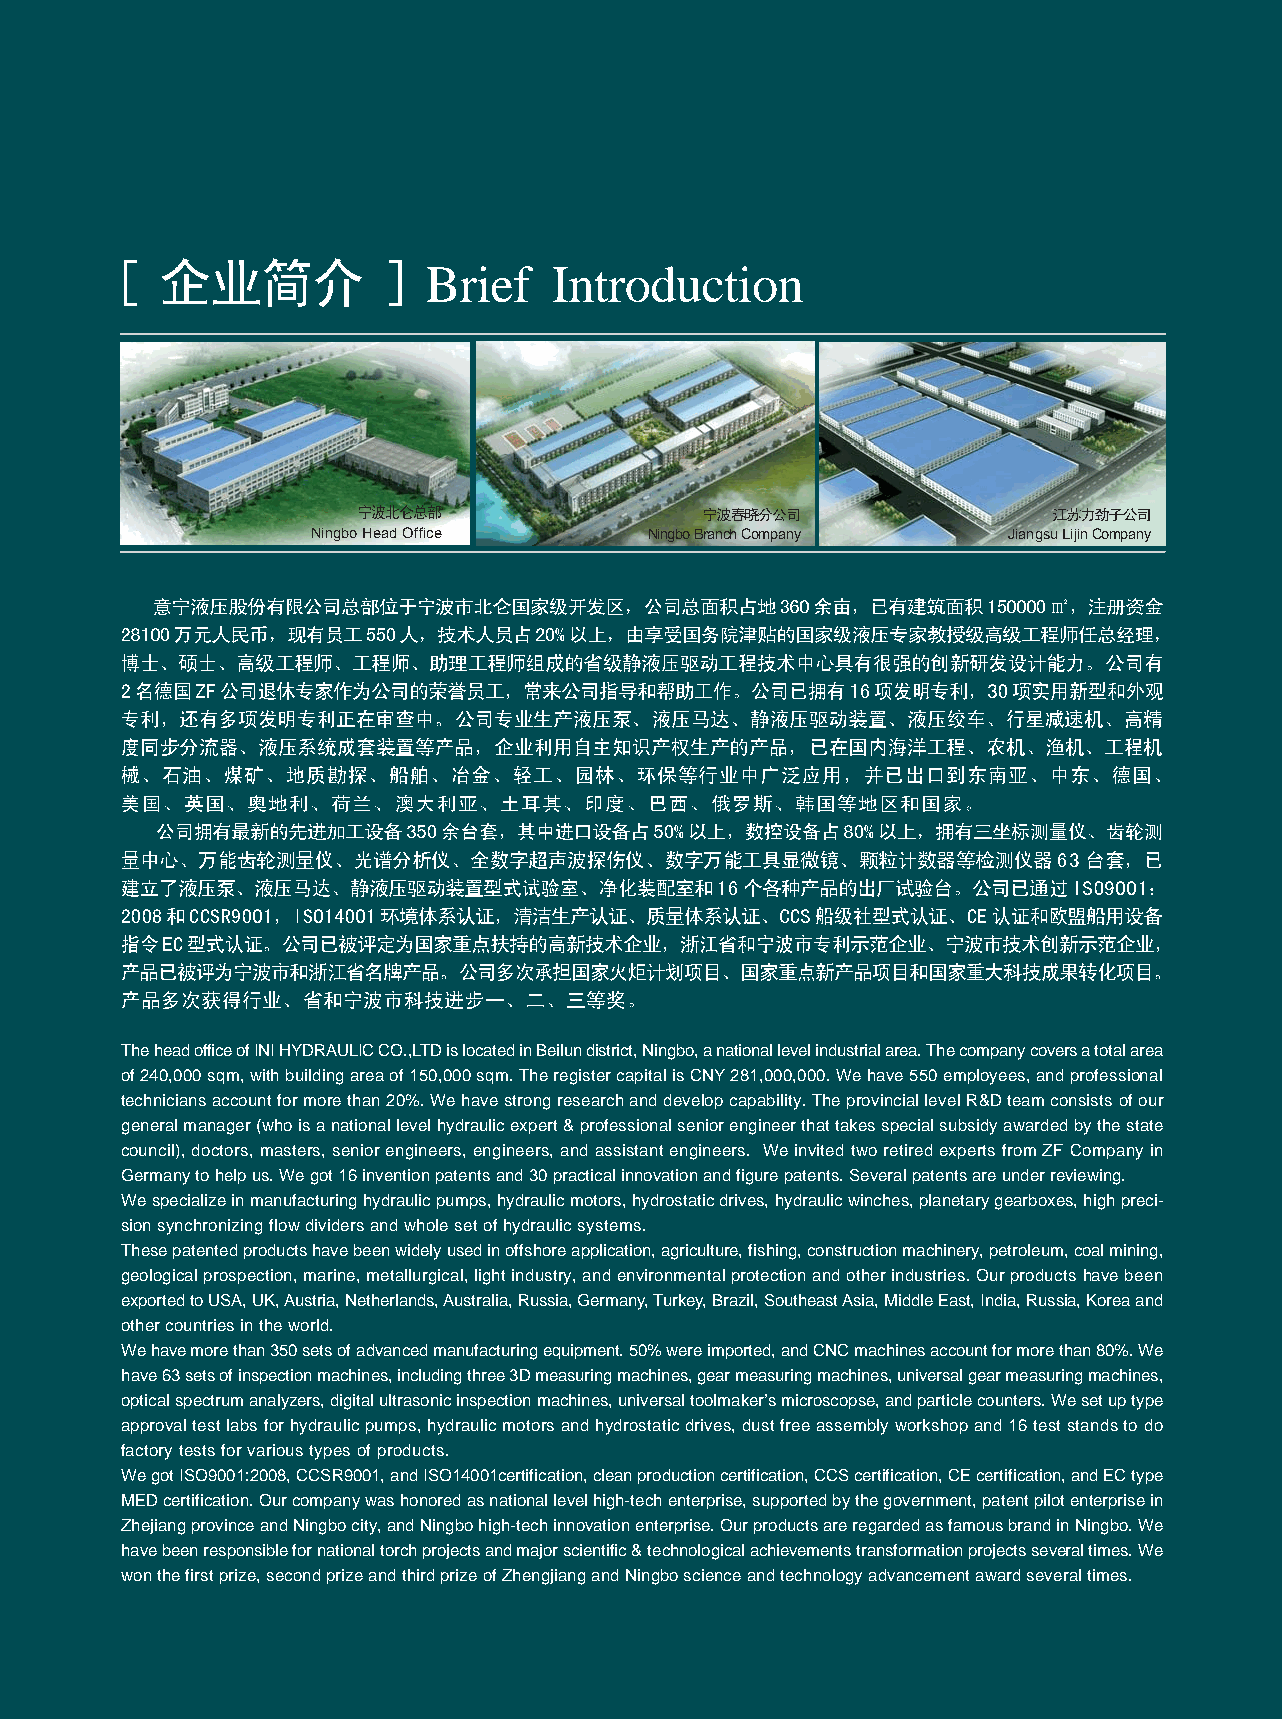
Brief    Introduction                                                                                                              R
 Ningbo Head Office    Ningbo Branch Company   Jiangsu Lijin Company
 Company
 Certificate
 The head office of INI HYDRAULIC CO.,LTD is located in Beilun district, Ningbo, a national level industrial area. The company covers a total area
 of 240,000 sqm, with building area of 150,000 sqm. The register capital is CNY 281,000,000. We have 550 employees, and professional
 technicians account for more than 20%. We have strong research and develop capability. The provincial level R&D team consists of our
 general manager (who is a national level hydraulic expert & professional senior engineer that takes special subsidy awarded by the state
 council), doctors, masters, senior engineers, engineers, and assistant engineers. We invited two retired experts from ZF Company in
 Germany to help us. We got 16 invention patents and 30 practical innovation and figure patents. Several patents are under reviewing.
 We specialize in manufacturing hydraulic pumps, hydraulic motors, hydrostatic drives, hydraulic winches, planetary gearboxes, high preci-
 sion synchronizing flow dividers and whole set of hydraulic systems.
 These patented products have been widely used in offshore application, agriculture, fishing, construction machinery, petroleum, coal mining,
 geological prospection, marine, metallurgical, light industry, and environmental protection and other industries. Our products have been
 exported to USA, UK, Austria, Netherlands, Australia, Russia, Germany, Turkey, Brazil, Southeast Asia, Middle East, India, Russia, Korea and
 other countries in the world.
 We have more than 350 sets of advanced manufacturing equipment. 50% were imported, and CNC machines account for more than 80%. We
 have 63 sets of inspection machines, including three 3D measuring machines, gear measuring machines, universal gear measuring machines,
 optical spectrum analyzers, digital ultrasonic inspection machines, universal toolmaker’s microscopse, and particle counters. We set up type
 approval test labs for hydraulic pumps, hydraulic motors and hydrostatic drives, dust free assembly workshop and 16 test stands to do
 factory tests for various types of products.
 We got ISO9001:2008, CCSR9001, and ISO14001certification, clean production certification, CCS certification, CE certification, and EC type
 MED certification. Our company was honored as national level high-tech enterprise, supported by the government, patent pilot enterprise in
 Zhejiang province and Ningbo city, and Ningbo high-tech innovation enterprise. Our products are regarded as famous brand in Ningbo. We
 have been responsible for national torch projects and major scientific & technological achievements transformation projects several times. We
 won the first prize, second prize and third prize of Zhengjiang and Ningbo science and technology advancement award several times.